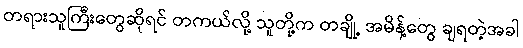
တရားသူကြီးတွေဆိုရင် တကယ်လို့ သူတို့က တချို့ အမိန့်တွေ ချရတဲ့အခါ